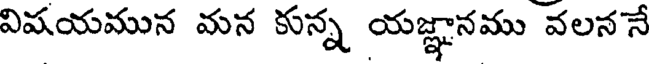
విషయమున మన కున్న యజ్ఞానము వలననే